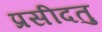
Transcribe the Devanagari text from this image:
प्रसीदतु